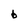
Character: b